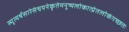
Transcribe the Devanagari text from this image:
स्मृत्यर्थसारेसंचयनेकृतेमनुष्यलोकात्प्रेतलोकंगच्छतः